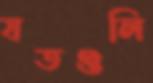
যতগুলি